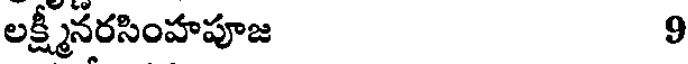
లక్ష్మీనరసింహపూజ 9